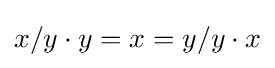
x/y\cdot y=x=y/y\cdot x